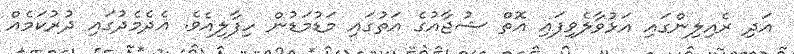
އަދި ރެއިލިންގައި އަޅުވާލެވިފައި އޮތް ޝުޖާއުގެ އަތުގައި މަޑުމަޑުން ހިފާލިއެވެ. އެދެމެދުގައި ދުރުކަމެއް